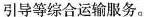
引导等综合运输服务。